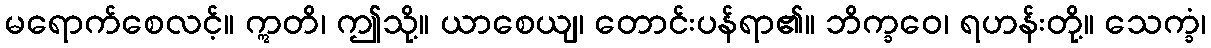
မရောက်စေလင့်။ ဣတိ၊ ဤသို့။ ယာစေယျ၊ တောင်းပန်ရာ၏။ ဘိက္ခဝေ၊ ရဟန်းတို့။ သေက္ခံ၊